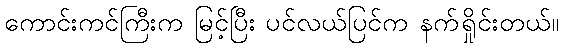
ကောင်းကင်ကြီးက မြင့်ပြီး ပင်လယ်ပြင်က နက်ရှိုင်းတယ်။